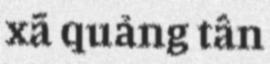
xã quảng tân